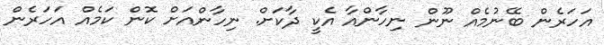
އަހަރެން ބޭނުމެއް ނޫން ނިހާންއާ އެކީ ދާކަށް. ނިހާންއަށް ކޮން ކަމެއް އަހަރެން